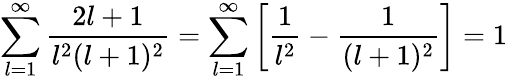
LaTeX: \sum_{l=1}^{\infty}{\frac{2l+1}{l^{2}(l+1)^{2}}}=\sum_{l=1}^{\infty}\left[{\frac{1}{l^{2}}}-{\frac{1}{(l+1)^{2}}}\right]=1